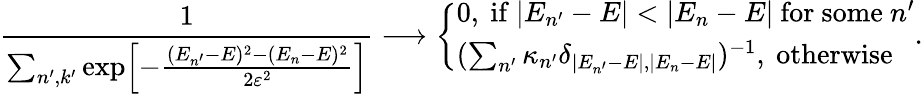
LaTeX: {\frac{1}{\sum_{n^{\prime},k^{\prime}}\exp\! \left[{-{\frac{(E_{n^{\prime}}-E)^{2}-(E_{n}-E)^{2}}{2\varepsilon^{2}}}}\right]}}\longrightarrow\left\{ \begin{array}{l}{{0\mathrm{,~if~}|E_{n^{\prime}}-E|<|E_{n}-E|\mathrm{~for~some~}n^{\prime}}}\\ {{(\sum_{n^{\prime}}\kappa_{n^{\prime}}\delta_{|E_{n^{\prime}}-E|,|E_{n}-E|})^{-1}\mathrm{,~otherwise}}}\end{array}\right..